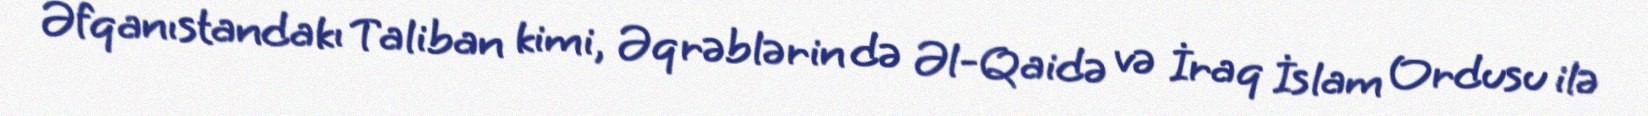
Əfqanıstandakı Taliban kimi, Əqrəblərin də Əl-Qaidə və İraq İslam Ordusu ilə